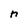
Character: n